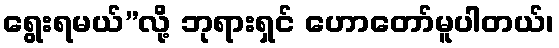
ရွေးရမယ်”လို့ ဘုရားရှင် ဟောတော်မူပါတယ်၊